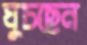
ঘুচছেন